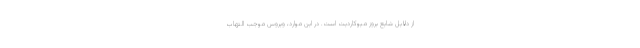
از دلایل شایع بروز میوکاردیت است. در این موارد، ویروس موجب التهاب